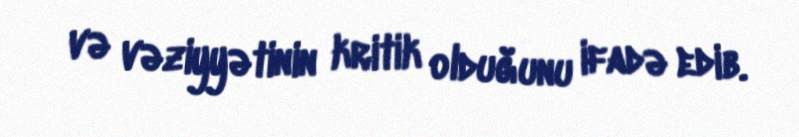
və vəziyyətinin kritik olduğunu ifadə edib.